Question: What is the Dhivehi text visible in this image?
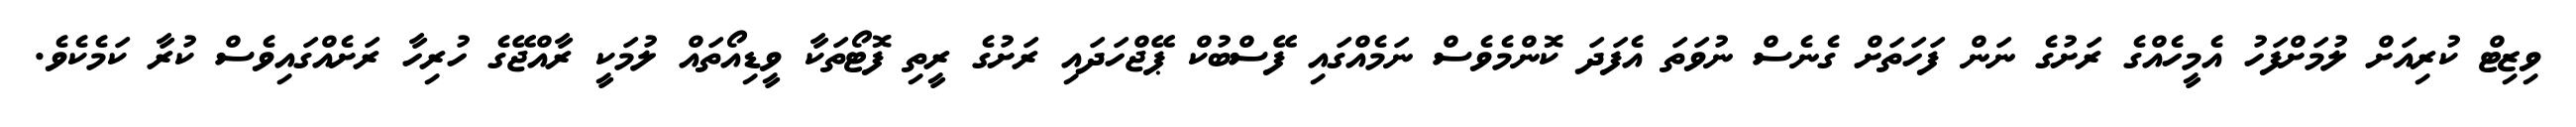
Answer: ވިޒިޓް ކުރިއަށް ލުމަށްފަހު އެމީހެއްގެ ރަށުގެ ނަން ފަހަތަށް ގެނެސް ނުވަތަ އެފަދަ ކޮންމެވެސް ނަމެއްގައި ފޭސްބުކް ޕޭޖްހަދައި ރަށުގެ ރީތި ފޮޓޯތަކާ ވީޑިއޯތައް ލުމަކީ ރާއްޖޭގެ ހުރިހާ ރަށެއްގައިވެސް ކުރާ ކަމެކެވެ.